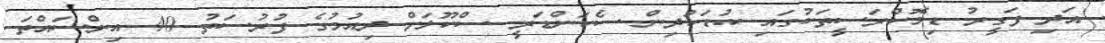
އަދި ފަގީރު ޑިމޮކްރަސީތަކުގައި ކުޑަކުދިން ސެކަންޑަރީ ސްކޫލަށް ދިއުމުގެ ފުރުސަތު 40 އިންސައްތަ